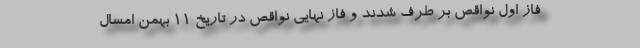
فاز اول نواقص بر طرف شدند و فاز نهایی نواقص در تاریخ ۱۱ بهمن امسال